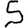
Digit: 5